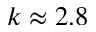
k \approx 2 . 8